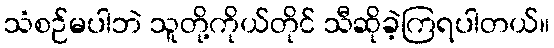
သံစဉ်မပါဘဲ သူတို့ကိုယ်တိုင် သီဆိုခဲ့ကြရပါတယ်။